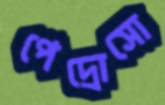
পেদ্রোসো